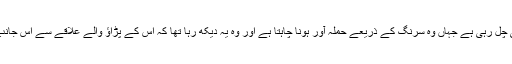
اس نے دیکھا کہ ہوا اس سمت کی ہی چل رہی ہے جہاں وہ سرنگ کے ذریعے حملہ آور ہونا چاہتا ہے اور وہ یہ دیکھ رہا تھا کہ اس کے پڑاؤ والے علاقے سے اس جانب ہوا کے ساتھ کاغذ اڑتے جاتے ہیں۔